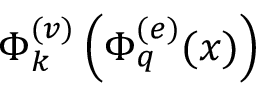
\Phi _ { k } ^ { ( v ) } \left( \Phi _ { q } ^ { ( e ) } ( x ) \right)